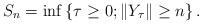
LaTeX: \begin{align*}S_{n} = \inf \left\{ \tau \geq 0 ; \left\|Y_{\tau}\right\| \geq n\right\}.\end{align*}